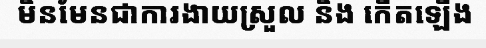
មិនមែនជាការងាយស្រួល និង កើតឡើង